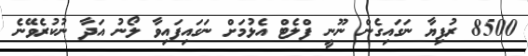
8500 ރުފިޔާ ނަގައިގެން ނޫނީ ފްލެޓް އެޅުމަށް ނަގައިފައިވާ ލޯނު އަދާ ނުކުރެވޭނެ